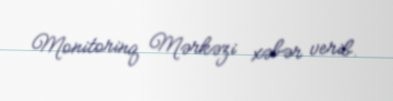
Monitorinq Mərkəzi xəbər verib.